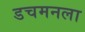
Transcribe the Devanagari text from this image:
डचमनला